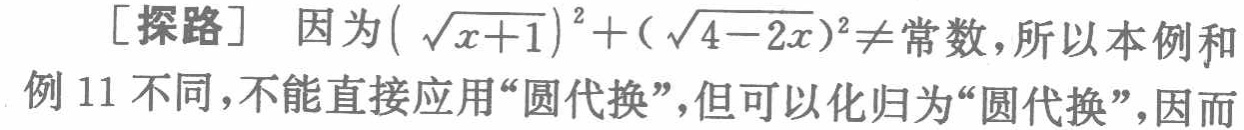
[探路] 因为\((\sqrt{x + 1})^{2}+(\sqrt{4 - 2x})^{2}\neq 常数\)，所以本例和例 11 不同，不能直接应用“圆代换”，但可以化归为“圆代换”，因而